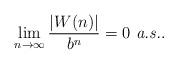
LaTeX: \begin{align*}\lim_{n \to \infty}\frac{|W(n)|}{b^n} = 0 \mbox{ {\em a.s.}}.\end{align*}